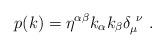
LaTeX: \begin{align*}p(k)=\eta^{\alpha\beta}k_\alpha k_\beta \delta_\mu^{~\nu}\,\,.\end{align*}